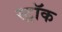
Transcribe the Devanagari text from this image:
स्ट्रॉक